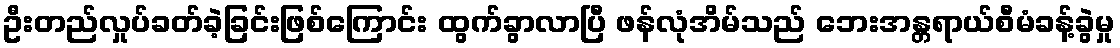
ဦးတည်လှုပ်ခတ်ခဲ့ခြင်းဖြစ်ကြောင်း ထွက်ခွာလာပြီ ဖန်လုံအိမ်သည် ဘေးအန္တရာယ်စီမံခန့်ခွဲမှု